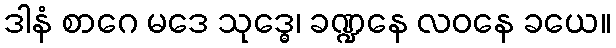
ဒါနံ စာဂေ မဒေ သုဒ္ဓေ၊ ခဏ္ဍနေ လဝနေ ခယေ။